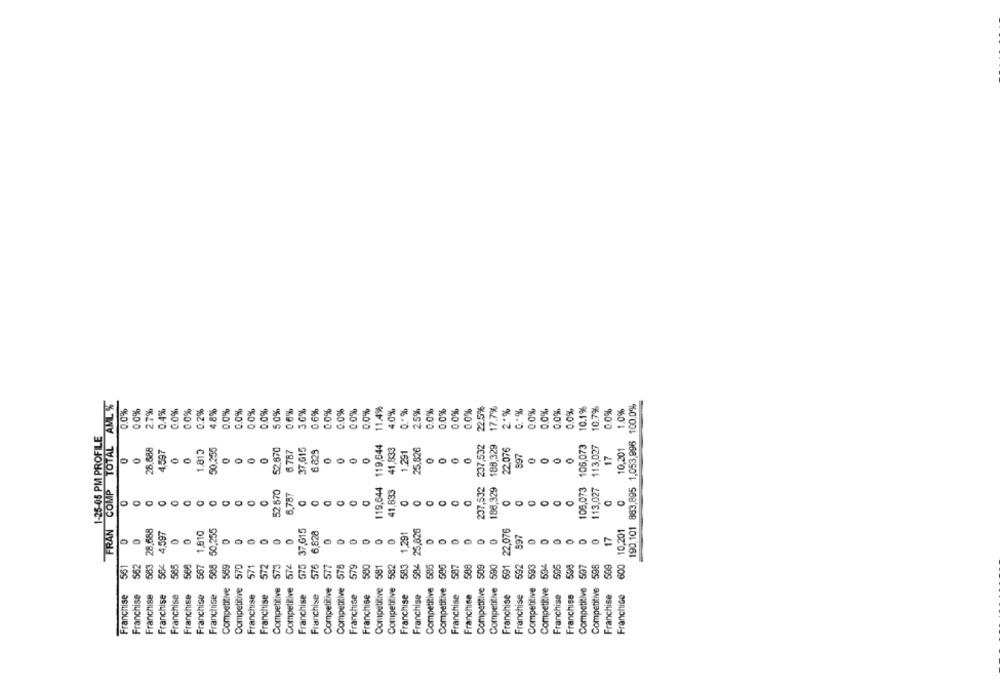
TOTAL AML %
0.0%
0.0%
11.4%
1.0%
22.5%
17.7%
0.0%
10.1%
10.7%
190 101 883,895 1,053,896 100.0%
0.0%
27%
0.4%
0.0%
00%
0.2%
4.8%
0.0%
0.0%
0.0%
5.0%
0.6%
30%
0.6%
0.0%
0.0%
0.0%
0.0%
4.0%
2.5%
0.0%
00%
0.0%
2 *%
0.0%
0.0%
0.0%
00%
1.0%
1-25-05 PM PROFILE
1.815
52.670
6.787
119,644 119,644
41.833
237,532
186,329 188,329
105,073 106,073
113,027 113,027
10,201
4,597
397
17
O
S
237,532
FRAN COMP
52.670
41.633
5.787
0
0
0
0
0
0
563 28.688
4,597
1,810
575 37.615
1,291
25,626
591 22,076
10,201
997
17
504
561
562
565
568
557
508
570
571
573
574
576
577
578
579
500
581
583
585
537
590
392
583
507
598
88888888 8
Competitive
Competitive
Competitive
Competitive
Competitive
Competitive
Competitive
Competitive
Competitive
Competitive
Competitive
Franchise
Franchise
Franchise
Franchise
Franchise
Franchise
Competitive
Franchise
Franchise
Franchise
Franchise
Franchise
Competitive
Competitive
Franchise
Franchise
Franchise
Franchise
Franchise
Competitive
Competitive
Franchise
Franchise
Franchise
Franchise
Franchise
Franchise
Franchise
Franchise